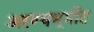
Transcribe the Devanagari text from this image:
अरण्यभूमीत